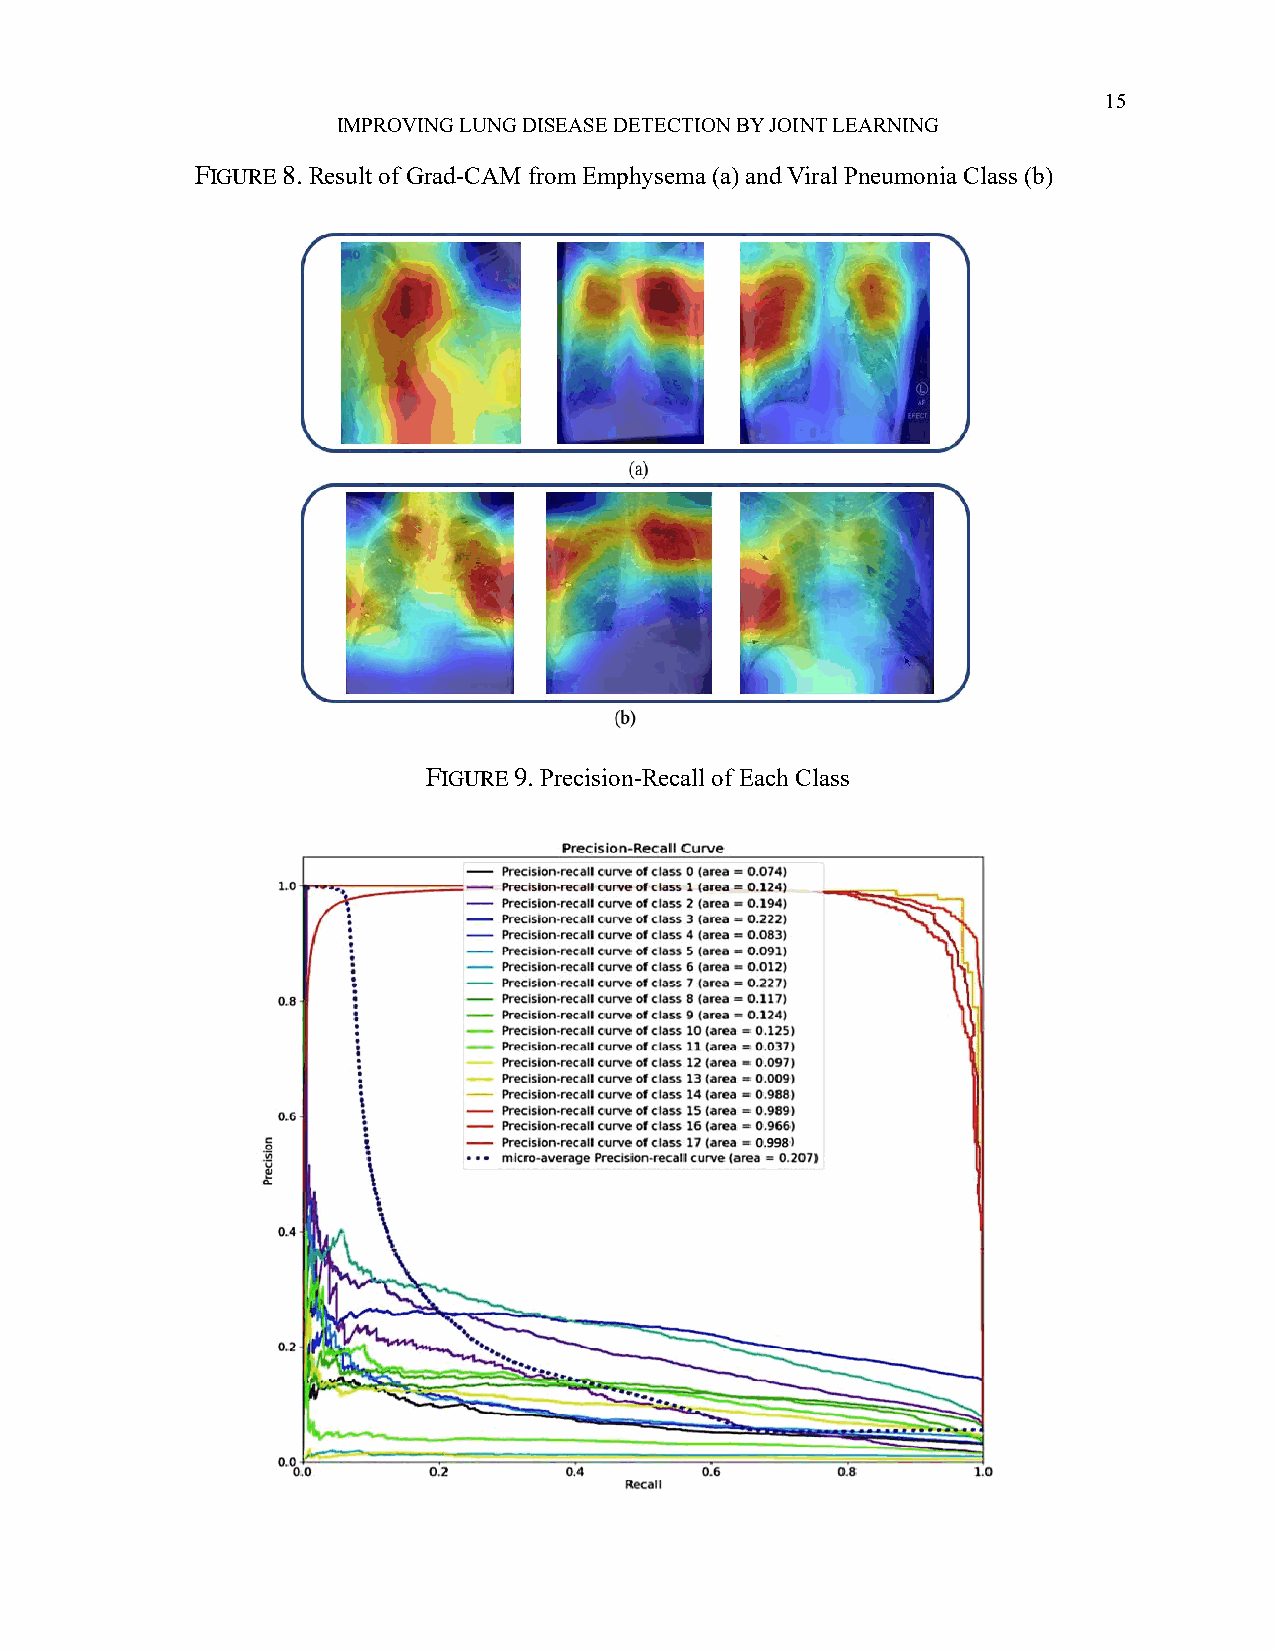
15
 IMPROVING LUNG DISEASE DETECTION BY JOINT LEARNING
 FIGURE 8. Result of Grad-CAM from Emphysema (a) and Viral Pneumonia Class (b)
 FIGURE 9. Precision-Recall of Each Class